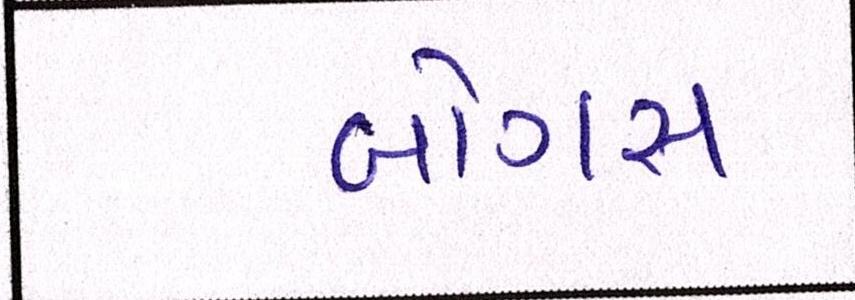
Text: બોગસ